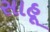
સાહૂ